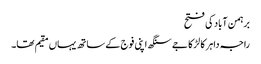
برہمن آباد کی فتح
راجہ داہر کا لڑکا جے سنگھ اپنی فوج کے ساتھ یہاں مقیم تھا۔